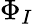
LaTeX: \Phi_{I}